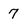
Character: 7